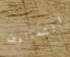
الشماليين